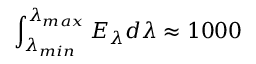
\int _ { \lambda _ { m i n } } ^ { \lambda _ { m a x } } E _ { \lambda } d \lambda \approx 1 0 0 0